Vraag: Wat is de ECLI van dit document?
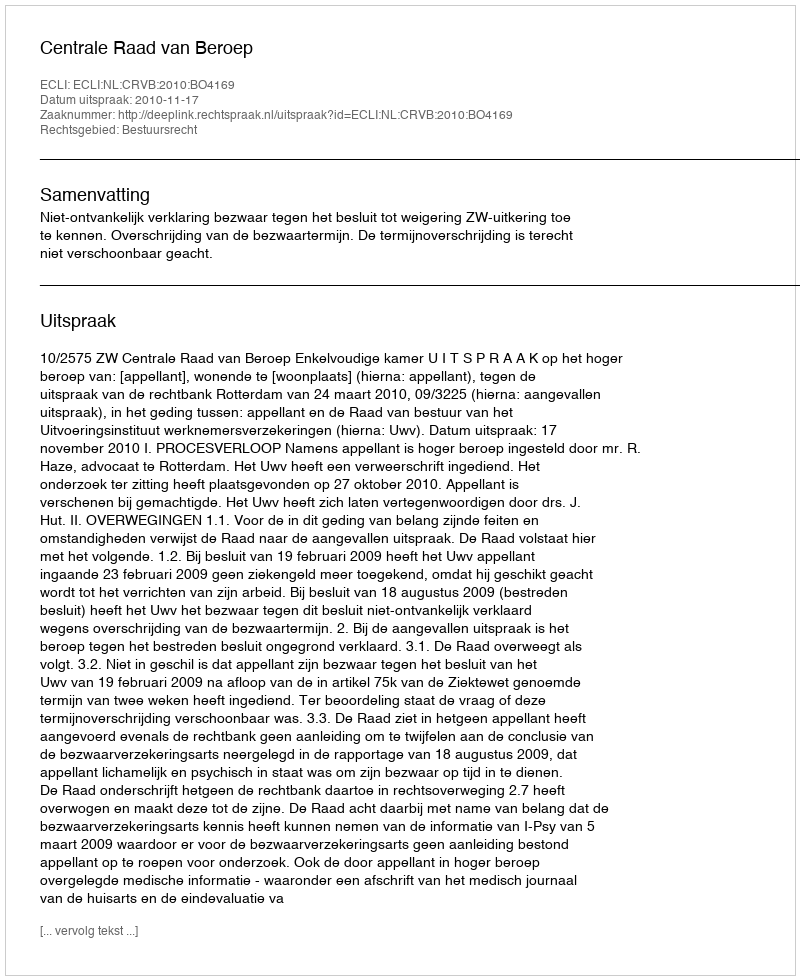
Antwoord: ECLI:NL:CRVB:2010:BO4169